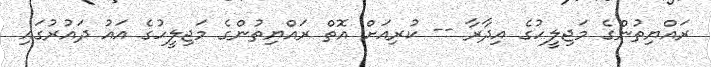
ރައްޔިތުންގެ މަޖިލީހުގެ އިދާރާ -- ކުރިއަށް އޮތް ރައްޔިތުންގެ މަޖިލީހުގެ އައު ދައުރުގައި